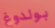
بولدوغ